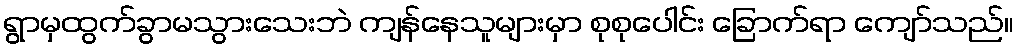
ရွာမှထွက်ခွာမသွားသေးဘဲ ကျန်နေသူများမှာ စုစုပေါင်း ခြောက်ရာ ကျော်သည်။